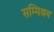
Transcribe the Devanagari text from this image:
सम्मिश्रम